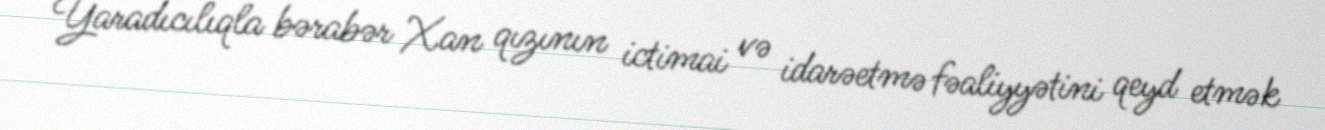
Yaradıcılıqla bərabər Xan qızının ictimai və idarəetmə fəaliyyətini qeyd etmək